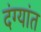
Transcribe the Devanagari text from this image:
दंग्यांत